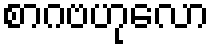
စာဂဗဟုလော